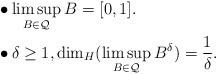
LaTeX: \begin{align*}&\bullet \limsup_{B\in\mathcal{Q}}B=[0,1]. \\&\bullet \delta \geq 1, \dim_H (\limsup_{B\in\mathcal{Q}}B^{\delta})=\frac{1}{\delta}.\end{align*}